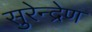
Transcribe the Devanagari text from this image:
सुरेन्द्रेण